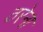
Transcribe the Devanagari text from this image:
ठरेना